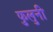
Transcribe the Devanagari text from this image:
फुलुनी